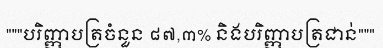
"""បរិញ្ញាបត្រចំនួន ៨៧,៣% និងបរិញ្ញាបត្រជាន់"""